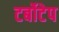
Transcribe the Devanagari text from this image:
टर्बोटेप